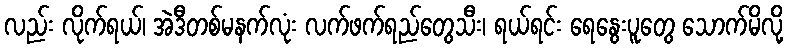
လည်း လိုက်ရယ်၊ အဲဒီတစ်မနက်လုံး လက်ဖက်ရည်တွေသီး၊ ရယ်ရင်း ရေနွေးပူတွေ သောက်မိလို့